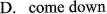
D.come down